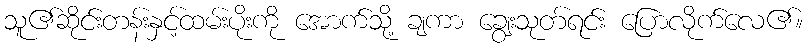
သူ၏ဆိုင်းတန်းနှင့်ထမ်းပိုးကို အောက်သို့ ချကာ ချွေးသုတ်ရင်း ပြောလိုက်လေ၏။